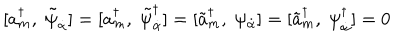
[ a _ { m } ^ { \dagger } , \; \tilde { \psi } _ { \dot { \alpha } } ] = [ a _ { m } ^ { \dagger } , \; \tilde { \psi } _ { \dot { \alpha } } ^ { \dagger } ] = [ \tilde { a } _ { m } ^ { \dagger } , \; \psi _ { \dot { \alpha } } ] = [ \tilde { a } _ { m } ^ { \dagger } , \; \psi _ { \dot { \alpha } } ^ { \dagger } ] = 0